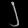
Digit: ၂